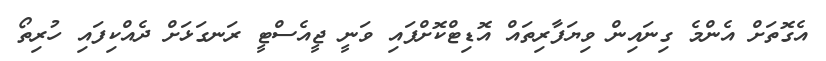
އެގޮތަށް އެންމެ ގިނައިން ވިޔަފާރިތައް އޮޑިޓްކޮށްފައި ވަނީ ޖީއެސްޓީ ރަނގަޅަށް ދެއްކިފައި ހުރިތޯ